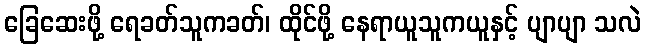
ခြေဆေးဖို့ ရေခတ်သူကခတ်၊ ထိုင်ဖို့ နေရာယူသူကယူနှင့် ပျာပျာ သလဲ